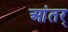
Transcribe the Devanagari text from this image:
आंतर्